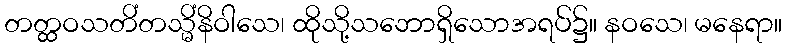
တတ္ထဝသတိံတသ္မိံနိဝါသေ၊ ထိုသို့သဘောရှိသောအရပ်၌။ နဝသေ၊ မနေရာ။